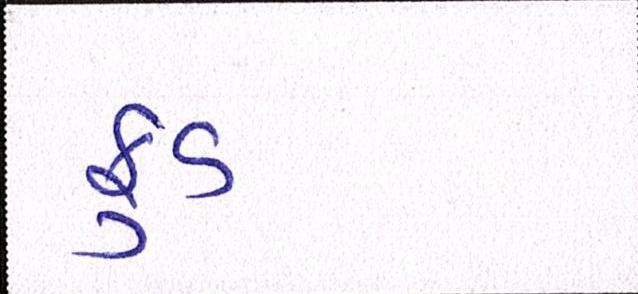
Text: ફુડ